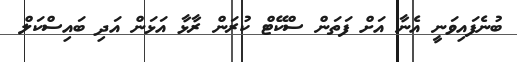
ބުނެފައިވަނީ އެނާ އަށް ފަތަން ސްކޭޓް ކުރަން ރާޅާ އަޅަން އަދި ބައިސްކަލް